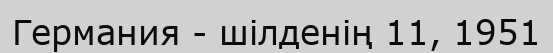
Германия - шілденің 11, 1951